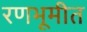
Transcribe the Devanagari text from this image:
रणभूमीत